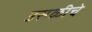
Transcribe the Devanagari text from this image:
उसळीचे